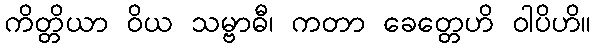
ကိတ္တိယာ ဝိယ သမ္ဗာဓီ၊ ကတာ ခေတ္တေဟိ ဝါပိဟိ။